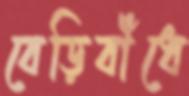
বেড়িবাঁধে